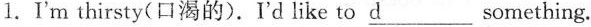
1.I'm thirsty(口渴的).I'd like to \underline{d} something.